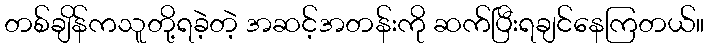
တစ်ချိန်ကသူတို့ရခဲ့တဲ့ အဆင့်အတန်းကို ဆက်ပြီးရချင်နေကြတယ်။